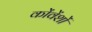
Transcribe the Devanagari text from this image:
कोंवेंशों